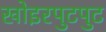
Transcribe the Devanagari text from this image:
खोइरपुटपुट